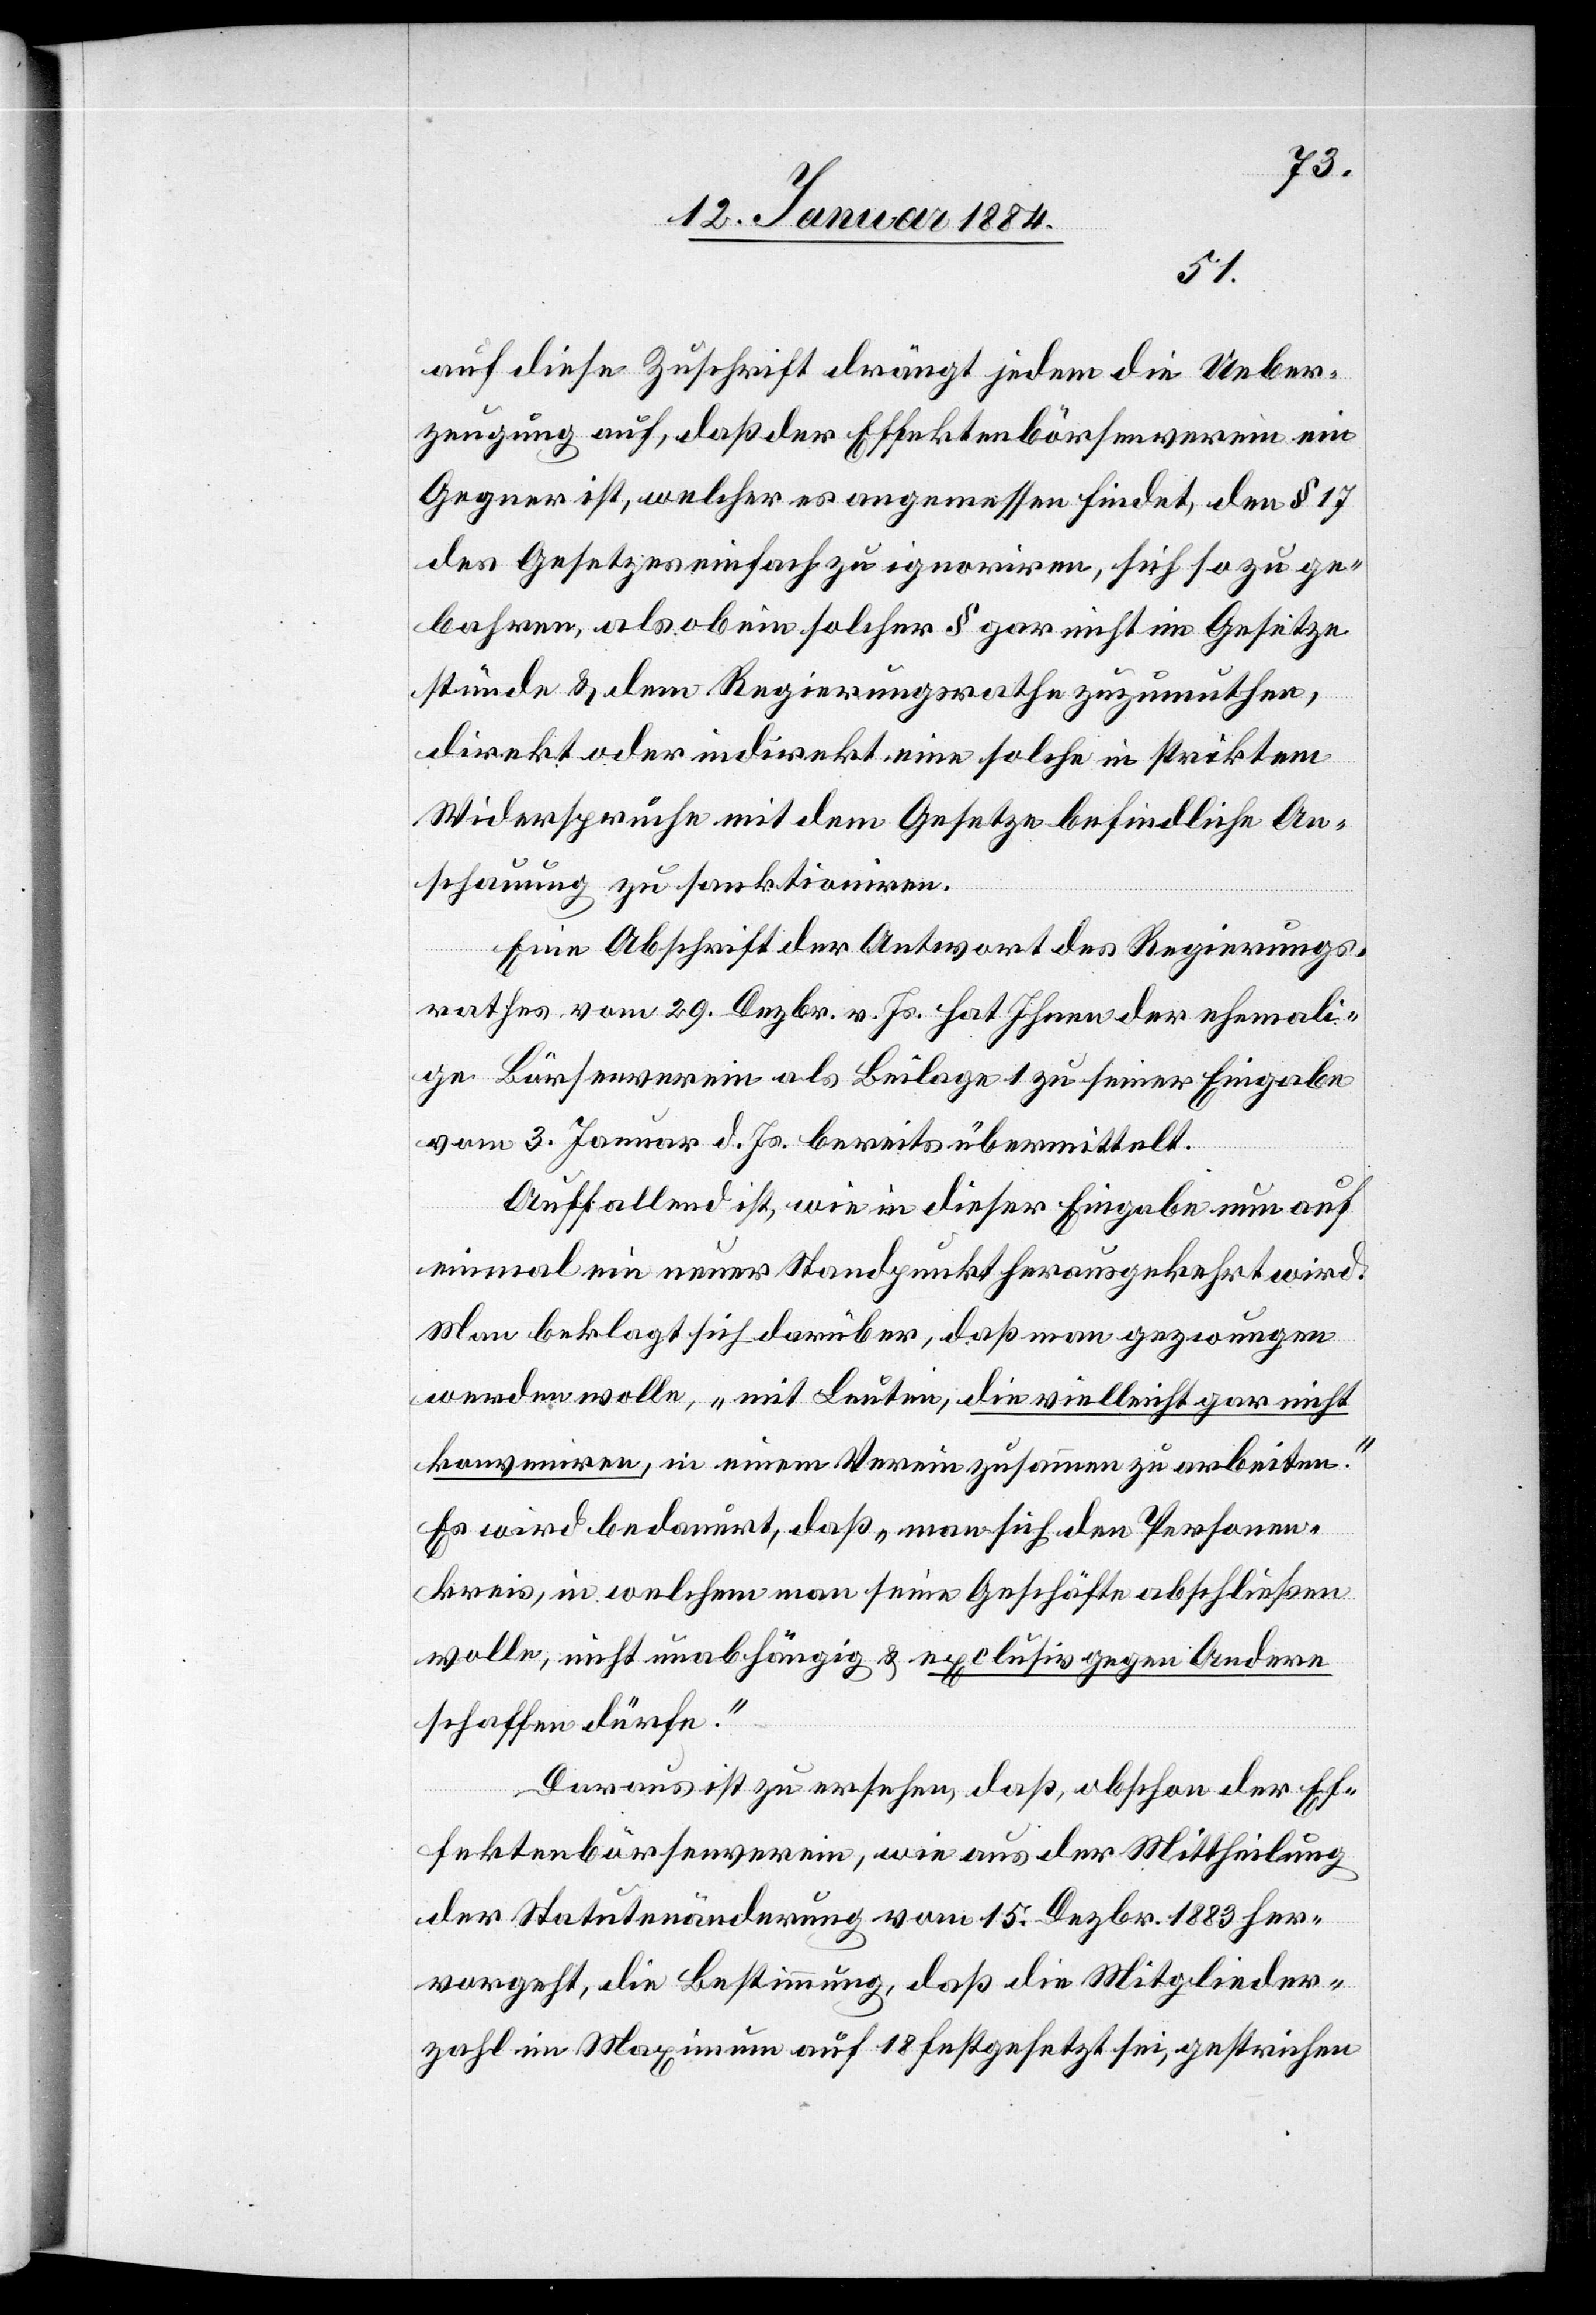
auf diese Zuschrift drängt jedem die Ueber¬
zeugung auf, daß der Effektenbörsenverein ein
Gegner ist, welcher es angemessen findet, den § 17
des Gesetzes einfach zu ignorieren, sich so zu ge¬
bahren, als ob ein solcher § gar nicht im Gesetze
stünde & dem Regierungsrathe zuzumuthen,
direkt oder indirekt eine solche in striktem
Widerspruche mit dem Gesetze befindliche An¬
schauung zu sanktionieren.
Eine Abschrift der Antwort des Regierungs¬
rathes vom 29. Dezbr. v. Js. hat Ihnen der ehemali¬
ge Börsenverein als Beilage zu seiner Eingabe
vom 3. Januar d. Js. bereits übermittelt.
Auffallend ist, wie in dieser Eingabe nun auf
einmal ein neuer Standpunkt herausgekehrt wird:
Man beklagt sich darüber, daß man gezwungen
werden wolle, „mit Leuten, die vielleicht gar nicht
konveniren, in einem Verein zusammen zu arbeiten.“
Es wird bedauert, daß „man sich den Personen¬
kreis, in welchem man seine Geschäfte abschließen
wolle, nicht unabhängig & exclusiv gegen Andere
schaffen dürfe.“
Daraus ist zu ersehen, daß, obschon der Ef¬
fektenbörsenverein, wie aus der Mittheilung
der Statutenänderung vom 15. Dezbr. 1883 her¬
vorgeht, die Bestimmung, daß die Mitglieder¬
zahl ein Maximum auf 18 festgesetzt sei, gestrichen